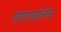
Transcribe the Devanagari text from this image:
भंगारवालेच